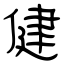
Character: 健